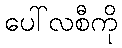
ပေါ်လစီကို